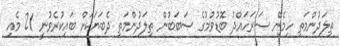
ތިލަދުންމަތި ހިމެނޭ ސަރަހައްދު ބޮޑުވުމުގެ ސަބަބުން ތިލަދުންމަތި ދެބަޔަކަށް ބައިކުރެވުނީ 21 މެއި